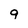
Character: q